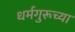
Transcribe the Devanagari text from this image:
धर्मगुरूच्या